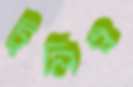
ট্রলিও